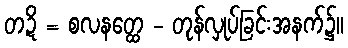
တဍိ = စလနတ္ထေ - တုန်လှုပ်ခြင်းအနက်၌။